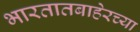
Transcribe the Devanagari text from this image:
भारतातबाहेरच्या